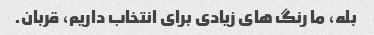
بله، ما رنگ های زیادی برای انتخاب داریم، قربان.